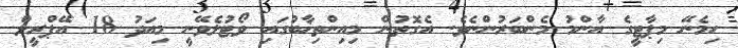
ހިމެނޭ މިޕާޓީގެ އާންމު މެންބަރުންނެވެ. އެގޮތުން މިއިންތިޚާބުގައި ވޯޓުލެވޭނީ މިއަދު 18 އޭޕްރީލް